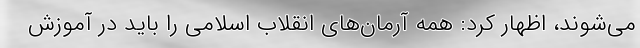
می‌شوند، اظهار کرد: همه آرمان‌های انقلاب اسلامی را باید در آموزش‌